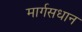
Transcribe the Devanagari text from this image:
मार्गसधान